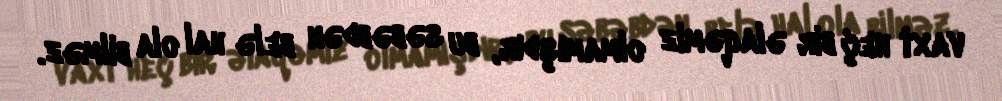
vaxt heç bir əlaqəmiz olmamışdır, bu səbəbdən belə hal ola bilməz.